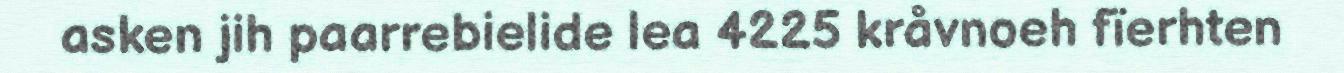
asken jih paarrebielide lea 4225 kråvnoeh fïerhten